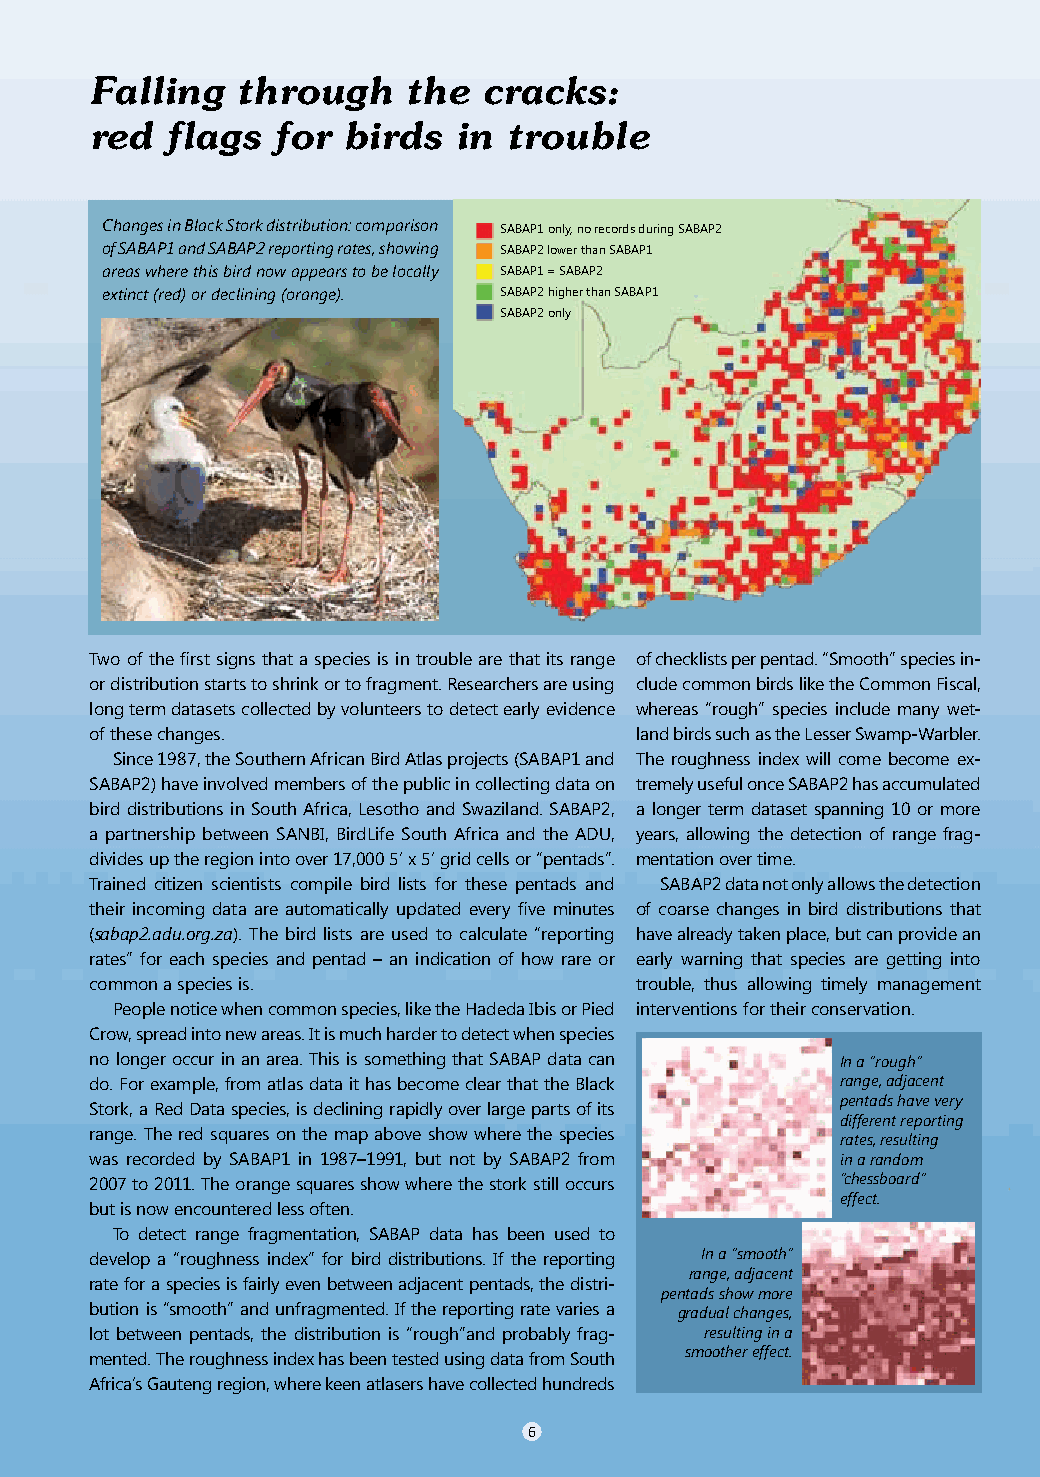
Falling   through    the  cracks:
 red  flags  for  birds  in  trouble
 Changes in Black Stork distribution: comparison SABAP1 only, no records during SABAP2
 of SABAP1 and SABAP2 reporting rates, showing SABAP2 lower than SABAP1
 areas where this bird now appears to be locally SABAP1 = SABAP2
 extinct (red) or declining (orange). SABAP2 higher than SABAP1
 SABAP2 only
 Two of the first signs that a species is in trouble are that its range of checklists per pentad. “Smooth” species in-
 or distribution starts to shrink or to fragment. Researchers are using clude common birds like the Common Fiscal,
 long term datasets collected by volunteers to detect early evidence whereas “rough” species include many wet-
 of these changes.                   land birds such as the Lesser Swamp-Warbler.
 Since 1987, the Southern African Bird Atlas projects (SABAP1 and The roughness index will come become ex-
 SABAP2) have involved members of the public in collecting data on tremely useful once SABAP2 has accumulated
 bird distributions in South Africa, Lesotho and Swaziland. SABAP2, a longer term dataset spanning 10 or more
 a partnership between SANBI, BirdLife South Africa and the ADU, years, allowing the detection of range frag-
 divides up the region into over 17,000 5’ x 5’ grid cells or “pentads”. mentation over time.
 Trained citizen scientists compile bird lists for these pentads and SABAP2 data not only allows the detection
 their incoming data are automatically updated every five minutes of coarse changes in bird distributions that
 (sabap2.adu.org.za). The bird lists are used to calculate “reporting have already taken place, but can provide an
 rates” for each species and pentad – an indication of how rare or early warning that species are getting into
 common a species is.                trouble, thus allowing timely management
 People notice when common species, like the Hadeda Ibis or Pied interventions for their conservation.
 Crow, spread into new areas. It is much harder to detect when species
 no longer occur in an area. This is something that SABAP data can In a “rough”
 do. For example, from atlas data it has become clear that the Black range, adjacent
 pentads have very
 Stork, a Red Data species, is declining rapidly over large parts of its
 different reporting
 range. The red squares on the map above show where the species
 rates, resulting
 was recorded by SABAP1 in 1987–1991, but not by SABAP2 from in a random
 2007 to 2011. The orange squares show where the stork still occurs “chessboard”
 effect.
 but is now encountered less often.
 To detect range fragmentation, SABAP data has been used to
 develop a “roughness index” for bird distributions. If the reporting In a “smooth”
 range, adjacent
 rate for a species is fairly even between adjacent pentads, the distri-
 pentads show more
 bution is “smooth” and unfragmented. If the reporting rate varies a gradual changes,
 lot between pentads, the distribution is “rough”and probably frag- resulting in a
 mented. The roughness index has been tested using data from South smoother effect.
 Africa’s Gauteng region, where keen atlasers have collected hundreds
 6